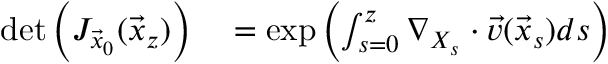
\begin{array} { r l } { \operatorname* { d e t } \left( J _ { \vec { x } _ { 0 } } ( \vec { x } _ { z } ) \right) } & { { } = \exp \left( \int _ { s = 0 } ^ { z } \nabla _ { X _ { s } } \cdot \vec { v } ( \vec { x } _ { s } ) d s \right) } \end{array}